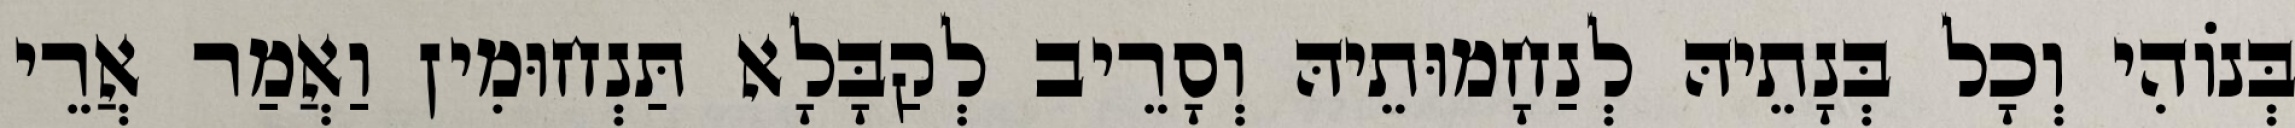
בְּנוֹהִי וְכָל בְּנָתֵיהּ לְנַחָמוּתֵיהּ וְסָרֵיב לְקַבָּלָא תַּנְחוּמִין וַאֲמַר אֲרֵי